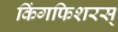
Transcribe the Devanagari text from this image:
किंगफिशरस्